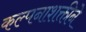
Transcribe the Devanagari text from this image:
कल्पनाशक्तीने